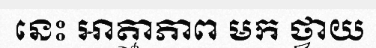
នេះ អាត្មាភាព មក ថ្វាយ